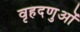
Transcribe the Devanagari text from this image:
वृहदणुओं